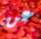
عن